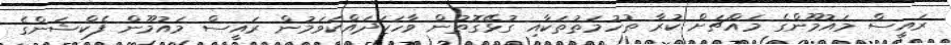
ރައީސް މައުމޫންގެ މައްޗަށް ކުރާ ތުހުމަތުތަކާއި ގުޅޭގޮތުން ވާހަކަދައްކަވަމުން ރައީސް މައުމޫން ފެކްޝަންގެ